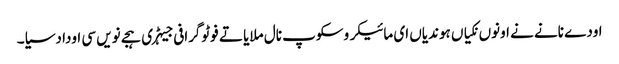
اودے نانے نے اونوں نکیاں ہوندیاں ای مائیکروسکوپ نال ملایا تے فوٹوگرافی جیہڑی ہجے نویں سی اودا دسیا۔